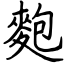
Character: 麭